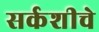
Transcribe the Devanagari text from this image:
सर्कशीचे